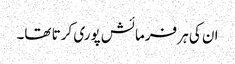
ان کی ہر فرمائش پوری کرتا تھا۔